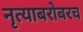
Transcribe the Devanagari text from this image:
नृत्याबरोबरच